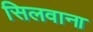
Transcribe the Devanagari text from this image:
सिलवाना